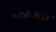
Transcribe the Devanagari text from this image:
मांसपेशिओं